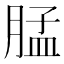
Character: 𰮳